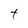
Character: t